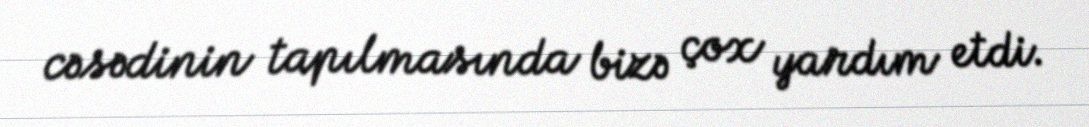
cəsədinin tapılmasında bizə çox yardım etdi.